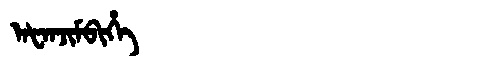
Manchu: ᠠᡶᠠᠨᠵᡳᠮᠪᡳᡥᡝ
Romanization: AFANJIMBIHE